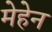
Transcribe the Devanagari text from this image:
मेहेन